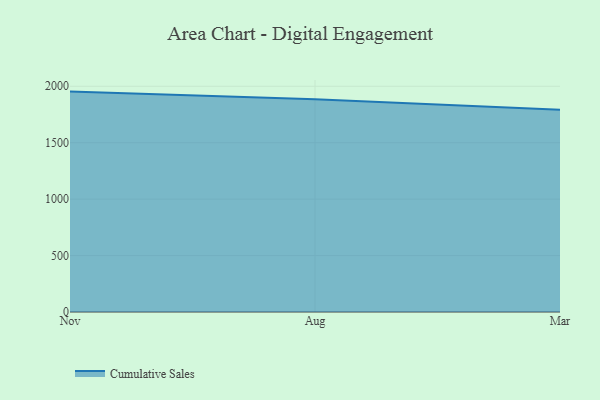
{"axis": {"x": "Month", "y": "Temperature (°C)"}, "legend": ["Cumulative Sales"], "data": [{"x": "Nov", "y": 1952.8, "type": "Cumulative Sales"}, {"x": "Aug", "y": 1886.1, "type": "Cumulative Sales"}, {"x": "Mar", "y": 1791.2, "type": "Cumulative Sales"}]}